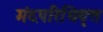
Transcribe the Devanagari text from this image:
मंदपरिधिवृत्त